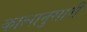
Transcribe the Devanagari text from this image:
कालानुसारी